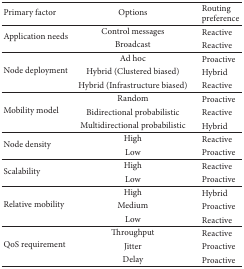
<table><thead><tr><td><b>Primary factor </b></td><td><b>Options </b></td><td><b>Routing preference </b></td></tr></thead><tbody><tr><td rowspan="2">Application needs </td><td>Control messages </td><td>Reactive </td></tr><tr><td>Broadcast </td><td>Reactive </td></tr><tr><td rowspan="3">Node deployment </td><td>Ad hoc </td><td>Proactive </td></tr><tr><td>Hybrid (Clustered biased) </td><td>Hybrid </td></tr><tr><td>Hybrid (Infrastructure biased) </td><td>Reactive </td></tr><tr><td rowspan="3">Mobility model </td><td>Random </td><td>Proactive </td></tr><tr><td>Bidirectional probabilistic </td><td>Reactive </td></tr><tr><td>Multidirectional probabilistic </td><td>Hybrid </td></tr><tr><td rowspan="2">Node density </td><td>High </td><td>Reactive </td></tr><tr><td>Low </td><td>Proactive </td></tr><tr><td rowspan="2">Scalability </td><td>High </td><td>Reactive </td></tr><tr><td>Low </td><td>Proactive </td></tr><tr><td rowspan="3">Relative mobility </td><td>High </td><td>Hybrid </td></tr><tr><td>Medium </td><td>Proactive </td></tr><tr><td>Low </td><td>Reactive </td></tr><tr><td rowspan="3">QoS requirement </td><td>Throughput </td><td>Reactive </td></tr><tr><td>Jitter </td><td>Proactive </td></tr><tr><td>Delay </td><td>Proactive </td></tr></tbody></table>